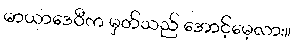
မာယာဒေဝီက မှတ်သည် အောင့်မေ့လား။